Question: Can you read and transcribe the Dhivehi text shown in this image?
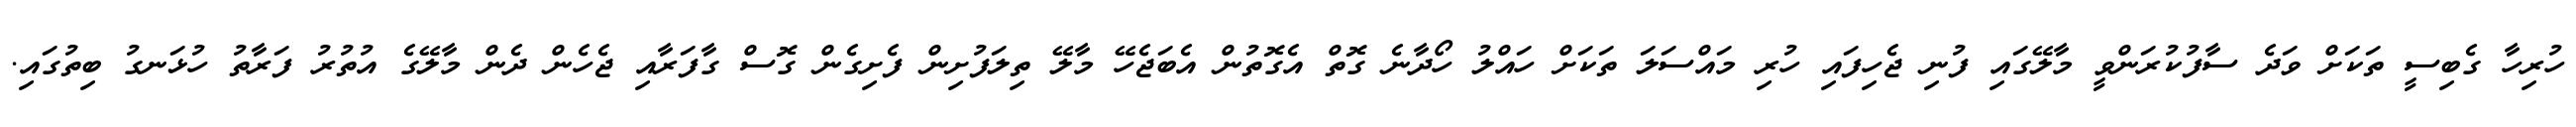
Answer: ހުރިހާ ގެބިސީ ތަކަށް ވަދެ ސާފުކުރަންވީ މާލޭގައި ފުނި ޖެހިފައި ހުރި މައްސަލަ ތަކަށް ހައްލު ހޯދާނެ ގޮތް އެގޮތުން އެބަޖެހޭ މާލޭ ތިލަފުށިން ފެށިގެން ގޮސް ގާފަރާއި ޖެހެން ދެން މާލޭގެ އުތުރު ފަރާތު ހުޅަނގު ބިތުގައި.